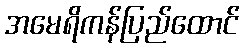
အမေရိကန်ပြည်ထောင်